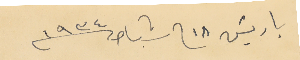
باريسَ ١٨ فى شباط سنة ١٩٣٤